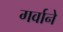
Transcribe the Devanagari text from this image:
गर्वाने